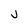
Character: J